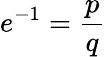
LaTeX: e^{-1}={\frac{p}{q}}